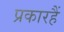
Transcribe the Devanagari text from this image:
प्रकारहैं